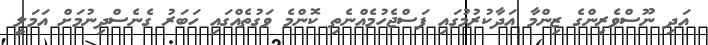
އަދި ނޫސްވެރިންގެ ޒިންމާ އަދާކުރުމުގައި ފަސްޖެހުމެއްނެތި ކޮންމެ ވަގުތެއްގައި ހަބަރު ގެނެސްދިނުމަށް އަމަލީ